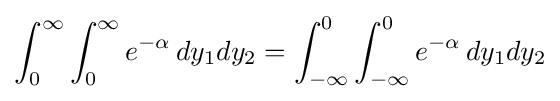
\int _{0}^{\infty }\int _{0}^{\infty }e^{-\alpha }\,dy_{1}dy_{2}=\int _{-\infty }^{0}\int _{-\infty }^{0}e^{-\alpha }\,dy_{1}dy_{2}